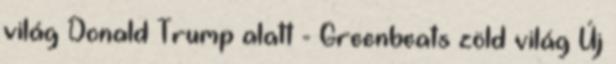
világ Donald Trump alatt - Greenbeats zöld világ Új